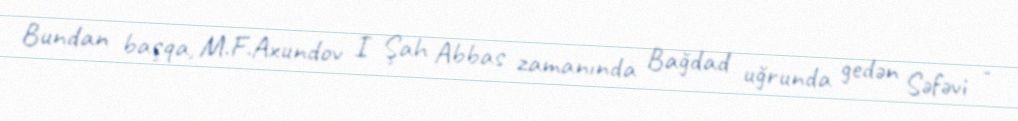
Bundan başqa, M.F.Axundov I Şah Abbas zamanında Bağdad uğrunda gedən Səfəvi -